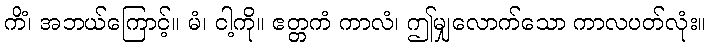
ကိံ၊ အဘယ်ကြောင့်။ မံ၊ ငါ့ကို။ ဧတ္တကံ ကာလံ၊ ဤမျှလောက်သော ကာလပတ်လုံး။